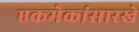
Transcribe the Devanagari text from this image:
एकमेकांसारखे